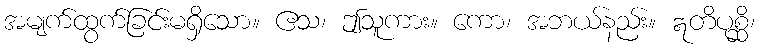
အမျက်ထွက်ခြင်းမရှိသော။ ဧသ၊ ဤသူကား။ ကော၊ အဘယ်နည်း။ ဣတိပုစ္ဆိ၊